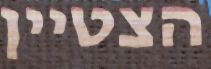
הצטיין